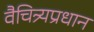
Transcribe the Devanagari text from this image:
वैचित्र्यप्रधान